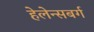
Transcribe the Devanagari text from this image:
हेलेन्सबर्ग